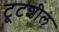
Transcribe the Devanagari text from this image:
टूटशील